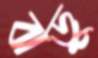
ঝড়ু